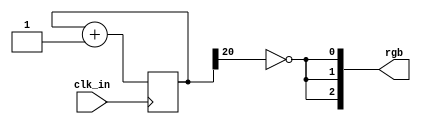
//////////////////////////////////////////////////////////
//  Name: Omkar Bhilare
//  Info: RGB blink on icebreaker++ board
//////////////////////////////////////////////////////////

module top (
    input clk_in,       //12 MHz clock input
    output [2:0] rgb    //rgb output
);

    // Create a 27 bit register
    reg [26:0] counter = 0;

    // Every positive edge increment register by 1
    always @(posedge clk_in) begin
        counter <= counter + 1;
    end

    // Output inverted values of counter onto LEDs
    assign rgb[1] = ~counter[20];   //Blue
    assign rgb[0] = ~counter[20];   //Green
    assign rgb[2] = ~counter[20];   //Red

endmodule